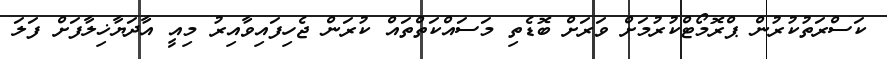
ކަސްރަތުކުރުން ޕްރޮމޯޓްކުރުމަށް ވަރަށް ބޮޑެތި މަސައްކަތްތައް ކުރަން ޖެހިފައިވާއިރު މިއީ އާދަޔާޚިލާފަށް ފަލަ